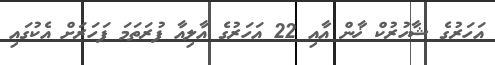
އަހަރުގެ ޝާހުރުކް ޚާން އާއި 22 އަހަރުގެ އާލިއާ ފުރަތަމަ ފަހަރަށް އެކުގައި